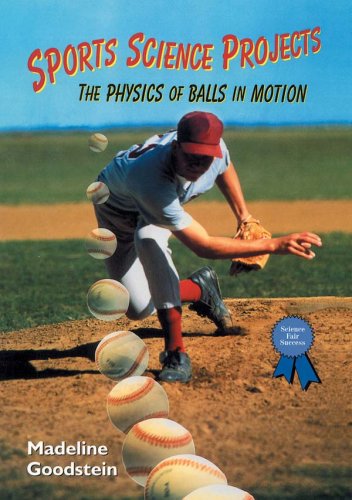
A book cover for Sports Science Projects: The Physics of Balls in Motion (Science Fair Success); Madeline Goodstein; Sports & Outdoors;